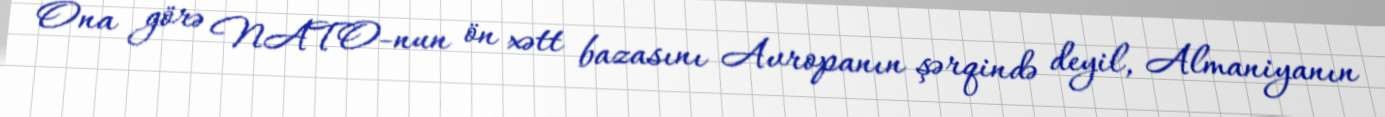
Ona görə NATO-nun ön xətt bazasını Avropanın şərqində deyil, Almaniyanın